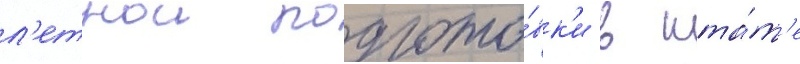
л'етнои подгото́вк'и в шта́т'е